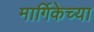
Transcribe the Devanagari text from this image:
मार्गिकेच्या